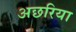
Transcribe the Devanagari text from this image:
अछरिया